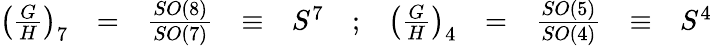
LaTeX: \begin{array}{rccclcrcccl}{{\left(\frac{G}{H}\right)_{7}}}&{{=}}&{{\frac{SO(8)}{SO(7)}}}&{{\equiv}}&{{S^{7}}}&{{;}}&{{\left(\frac{G}{H}\right)_{4}}}&{{=}}&{{\frac{SO(5)}{SO(4)}}}&{{\equiv}}&{{S^{4}}}\end{array}